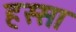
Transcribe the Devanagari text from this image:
हस्सा